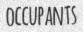
OCCUPANTS